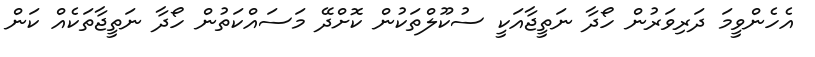
އެހެންވީމަ ދަރިވަރުން ހޯދާ ނަތީޖާއަކީ ސުކޫލްތަކުން ކޮށްދޭ މަސައްކަތުން ހޯދާ ނަތީޖާތަކެއް ކަން